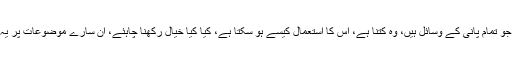
خاص کر کے میرے کسان بھائی بہنوں کو ملک میں جو تمام پانی کے وسائل ہیں، وہ کتنا ہے، اس کا استعمال کیسے ہو سکتا ہے، کیا کیا خیال رکھنا چاہئے، ان سارے موضوعات پر یہ ہمارا نیا سیٹلائٹ کارٹوسیٹ ٹو ڈی بہت مددگار ہوگا۔